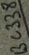
Text: BC338